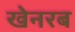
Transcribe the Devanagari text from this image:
खेनरब